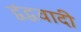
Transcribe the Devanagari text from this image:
द्वंद्ववादी